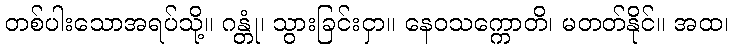
တစ်ပါးသောအရပ်သို့။ ဂန္တုံ၊ သွားခြင်းငှာ။ နေဝသက္ကောတိ၊ မတတ်နိုင်။ အထ၊